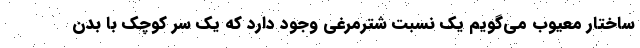
ساختار معیوب می‌گویم یک نسبت شترمرغی وجود دارد که یک سر کوچک با بدن